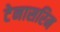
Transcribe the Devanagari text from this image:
टेनासरिम